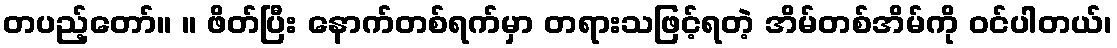
တပည့်တော်။ ။ ဖိတ်ပြီး နောက်တစ်ရက်မှာ တရားသဖြင့်ရတဲ့ အိမ်တစ်အိမ်ကို ဝင်ပါတယ်၊